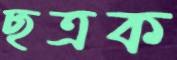
ছত্রক